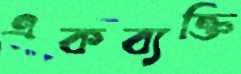
একব্যক্তি